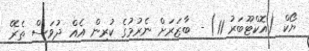
ޔޯކް (އޮކްޓޫބަރު 11) - ބާޒަރަށް ނެރުމުގެ ކުރިން އެއް ދުވަސް ތެރޭ